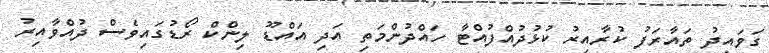
ގަވައިދު ތައާރަފު ކުރާއިރު ކުޅުދުއްފުއްޓާ ހައްދުންމަތި އަދި އައްޑޫ ލިންކް ރޯޑުގައިވެސް ދުއްވާއިރު